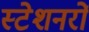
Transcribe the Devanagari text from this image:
स्टेशनरों